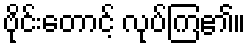
ဗိုင်းတောင့် လုပ်ကြ၏။